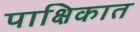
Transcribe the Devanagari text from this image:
पाक्षिकात